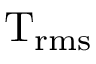
\mathrm { T _ { r m s } }